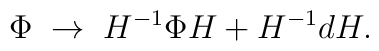
\Phi \; \rightarrow \; H^{-1}\Phi H + H^{-1} d H.